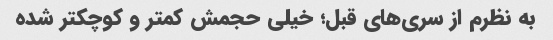
به نظرم‌ از سری‌های قبل؛ خیلی حجمش کمتر و کوچکتر شده